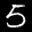
Label: 5